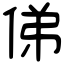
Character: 俤